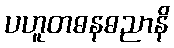
ပဟူတဓနဓညာနိ